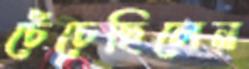
চেঁচেছিলেন